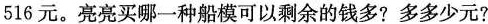
516元。亮亮买哪一种船模可以剩余的钱多？多多少元？